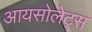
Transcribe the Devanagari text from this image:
आयसोलेट्स